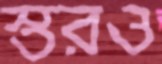
স্তরও